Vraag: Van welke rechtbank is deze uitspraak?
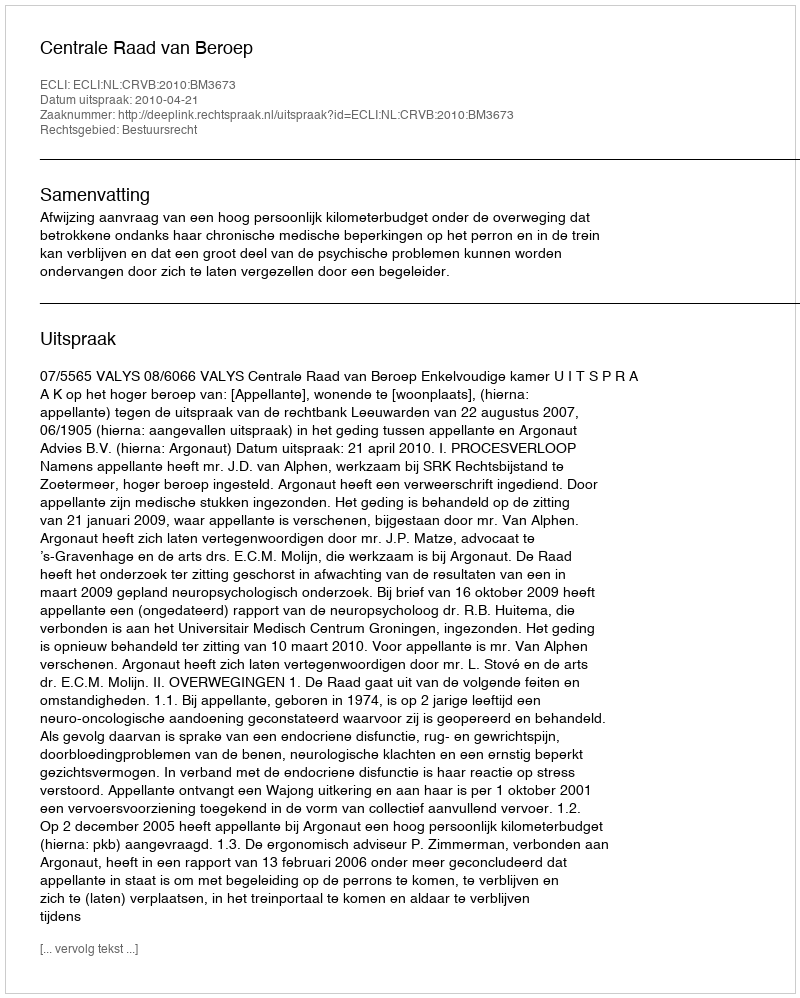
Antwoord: Centrale Raad van Beroep